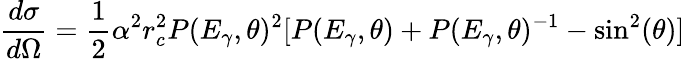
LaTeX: {\frac{d\sigma}{d\Omega}}={\frac{1}{2}}\alpha^{2}r_{c}^{2}P(E_{\gamma},\theta)^{2}[P(E_{\gamma},\theta)+P(E_{\gamma},\theta)^{-1}-\sin^{2}(\theta)]